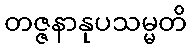
တဇ္ဇနာနုပသမ္မတိ